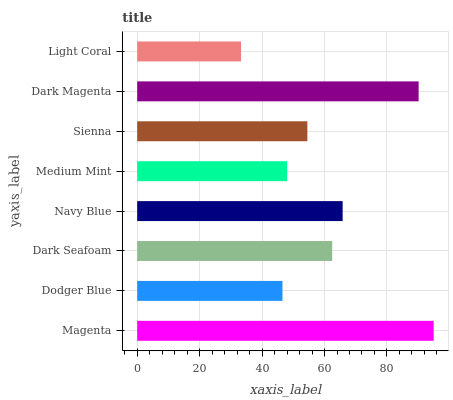
| yaxis_label | bars |
 | --- | --- |
 | Magenta | 95 |
 | Dodger Blue | 46.5 |
 | Dark Seafoam | 62.5 |
 | Navy Blue | 65.8 |
 | Medium Mint | 48 |
 | Sienna | 54.5 |
 | Dark Magenta | 90.1 |
 | Light Coral | 33.3 |